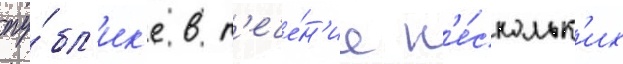
пу́бл'ик'е в т'ече́н'ие н'е́скольк'их